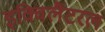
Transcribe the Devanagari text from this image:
इक्विलैटरल